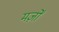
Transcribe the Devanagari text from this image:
मर्ज़ों